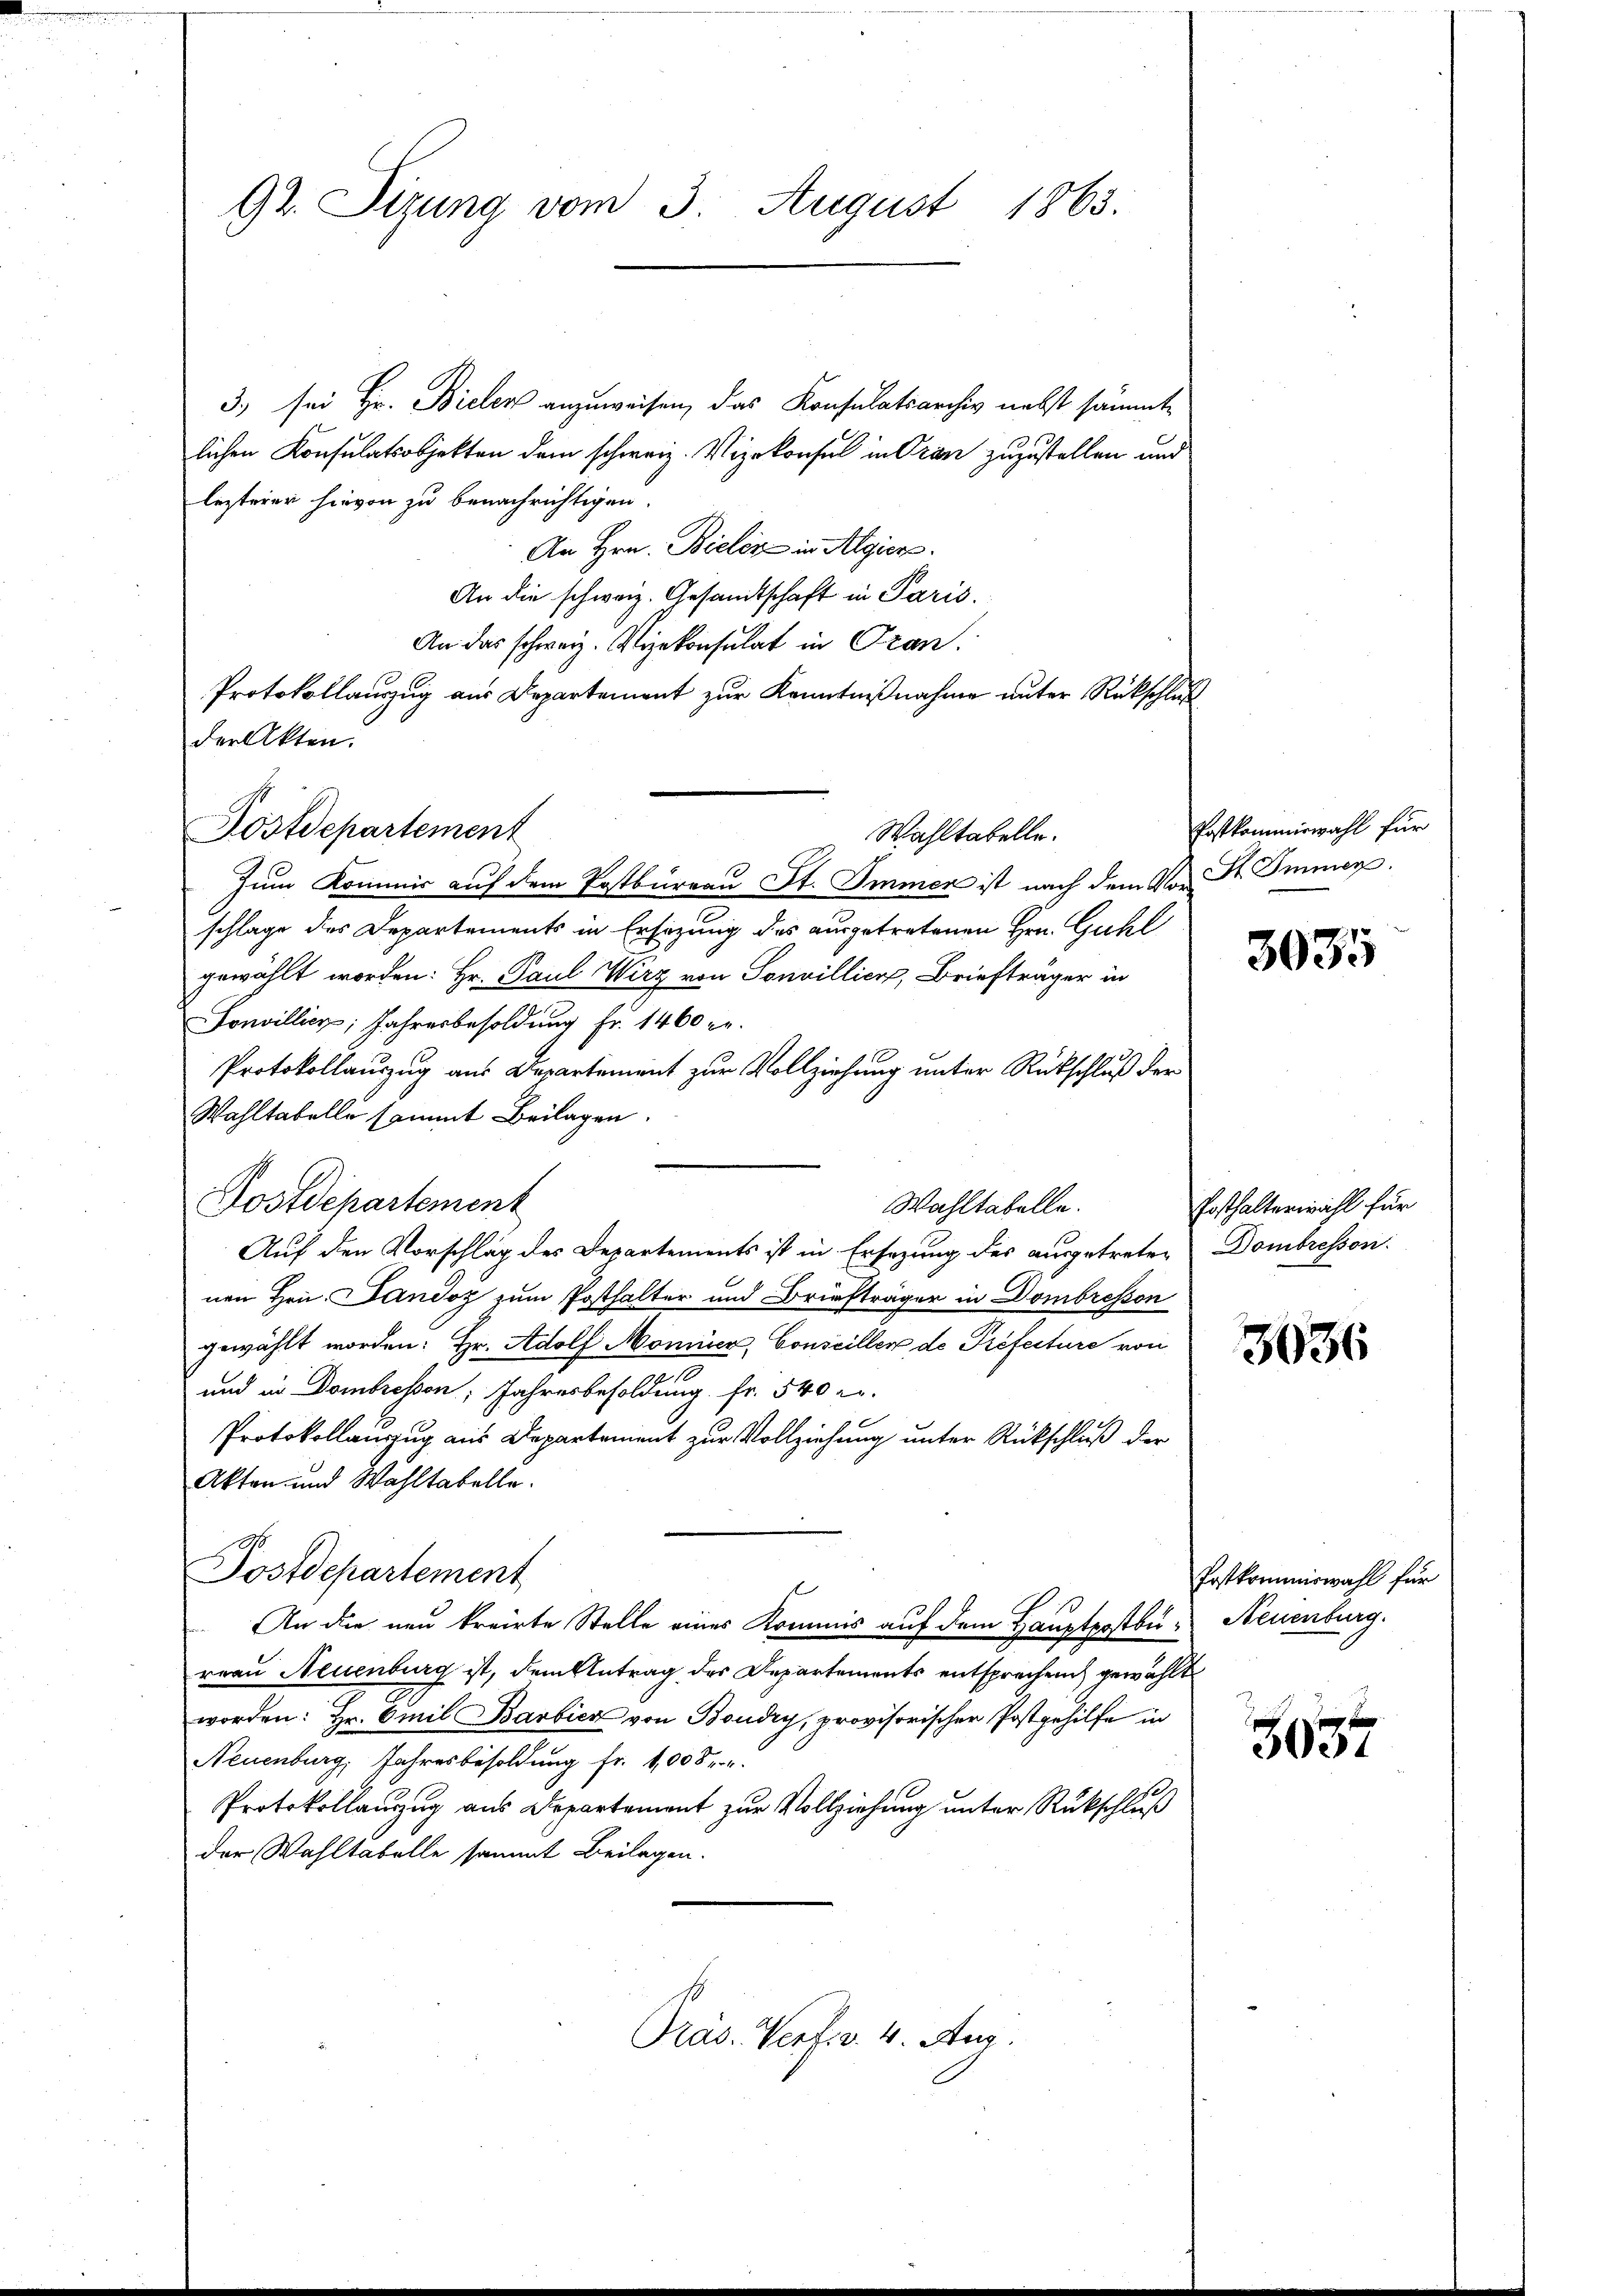
3.) sei Hr. Bieler anzuweisen, das Konsulatsarchiv nebst sämmt
lichen Konsulatsobjekten dem schweiz. Vizekonsul in Oran zuzustellen und
lezterer hievon zu benachrichtigen.
An Hrn. Bieler in Algier
An die schweiz. Gesandtschaft in Paris.
An das schweiz. Vizekonsulat in Oran.
Protokollauszug aus Departement zur Kenntnißnahme unter Rückschluß
der Akten.
Wahltabelle.
Zum Kommis auf dem Postbureau St. Immer ist nach dem Vor St. Immer
schlage des Departements in Ersezung des ausgetretenen Hrn. Guhl
gewählt worden: Hr. Paul Wirz von Sonvillier, Briefträger in
Sonvillier; Jahresbesoldung Fr. 1460 fr.
Protokollauszug aus Departement zur Vollziehung unter Rückschluß der
Wahltabelle sammt Beilagen.
Postdepartement
Wahltabelle.
Auf den Vorschlag des Departements ist in Ersezung des ausgetreten
nen Hrn. Dandoz zum Posthalter und Briefträger in Dombresson
gewählt worden: Hr. Adolf Monier, Conseiller de Préfecture von
und in Dombressen, Jahresbesoldung fr. 540 r
Protokollauszug aus Departement zur Vollziehung unter Rückschluß der
Akten und Wahltabelle.
Postdepartement
An die neu kreirte Stelle eines Kommis auf dem Hauptpostbureau Neuenburg ist, dem Antrag des Departements entsprechen gewählt
worden: Hr. Omil Barbier von Boudry, provisorischer Postgehilfe in
Neuenburg, Jahresbesoldung fr. 1008
Protokollanzug aus Departement zur Vollziehung unter Rückschluß
der Wahltabelle sammt Beilagen.

9t. Sizung vom 3. August 1863.

Postdepartement

Präs. Verf. v. 4. Aug.

Postkommiswahl für

3035

Ersthalterwahl für
Dombresson.

3036

Postkommiswahl für
Neuenburg.

3037